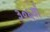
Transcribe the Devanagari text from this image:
३०६वाँ